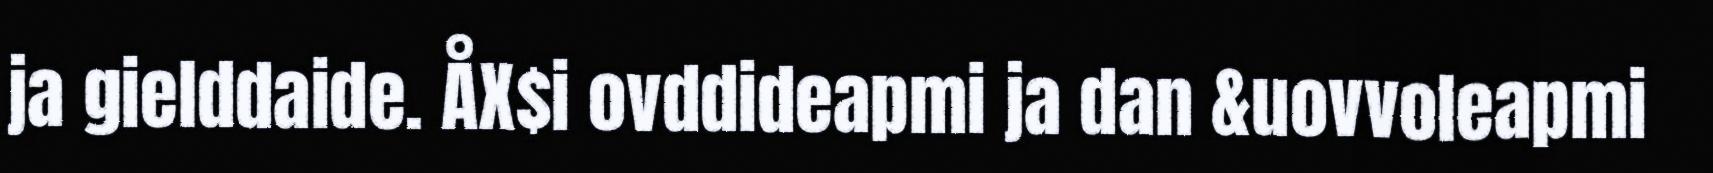
ja gielddaide. ÅX$i ovddideapmi ja dan &uovvoleapmi